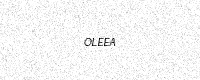
Text: OLEEA